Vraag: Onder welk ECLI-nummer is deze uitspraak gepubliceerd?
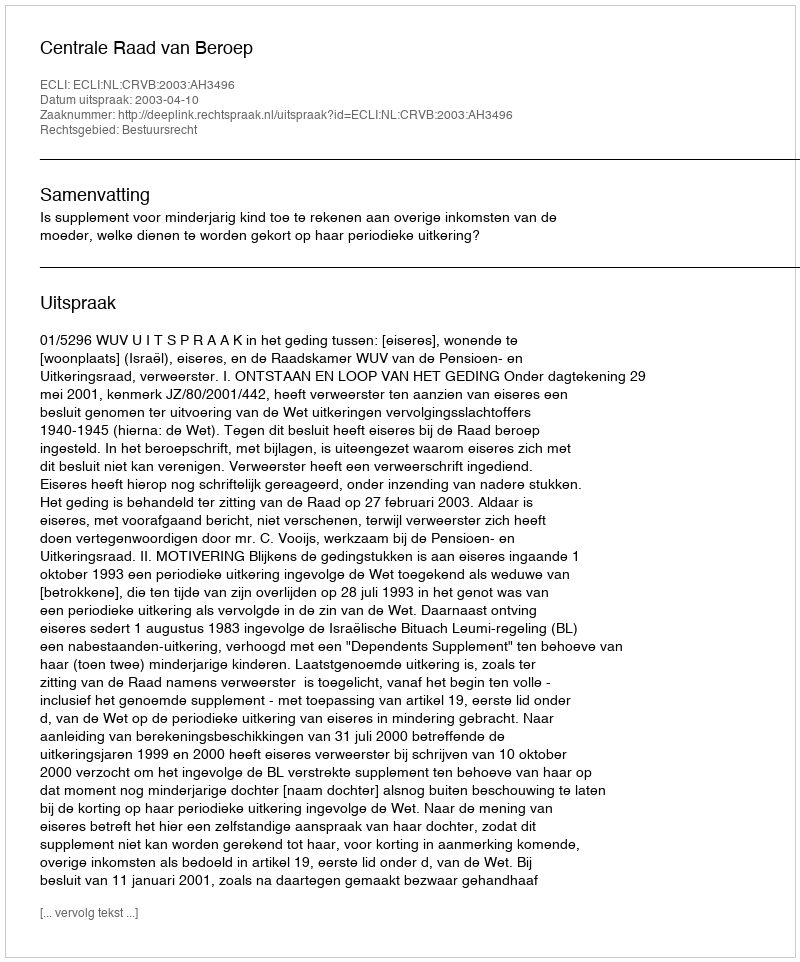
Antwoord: ECLI:NL:CRVB:2003:AH3496